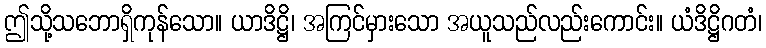
ဤသို့သဘောရှိကုန်သော။ ယာဒိဋ္ဌိ၊ အကြင်မှားသော အယူသည်လည်းကောင်း။ ယံဒိဋ္ဌိဂတံ၊